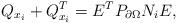
LaTeX: \begin{align*} Q_{x_i}+Q_{x_i}^T=E^T P_{\partial\Omega} N_{i} E, \end{align*}